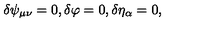
\delta \psi _ { \mu \nu } = 0 , \delta \varphi = 0 , \delta \eta _ { \alpha } = 0 ,